Mental hospitals Bombay report 1929-33 - 1929-1933
Year: 1929
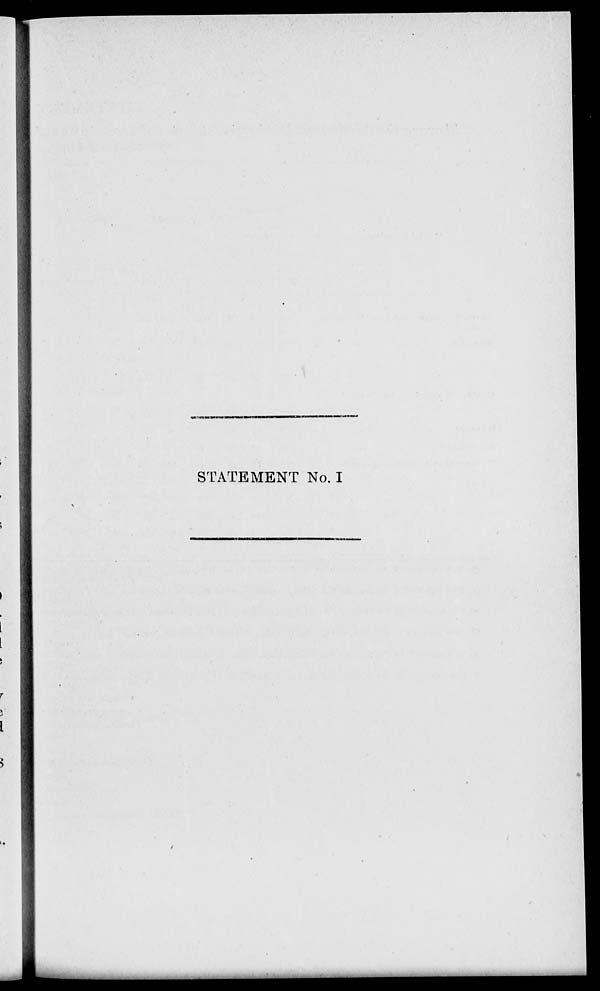
STATEMENT No. I